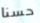
حسنا